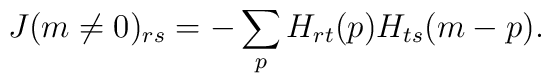
J(m\ne 0)_{rs} = -\sum_p H_{rt}(p)H_{ts}(m-p).